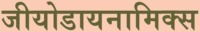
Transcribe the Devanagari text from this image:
जीयोडायनामिक्‍स